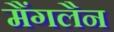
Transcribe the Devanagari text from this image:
मैंगलैन